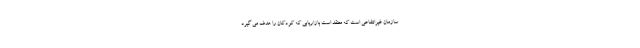
سازمان غیرانتفاعی است که معتقد است بازاریابی که کودکان را هدف می گیرد